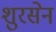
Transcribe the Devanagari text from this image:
शुरसेन